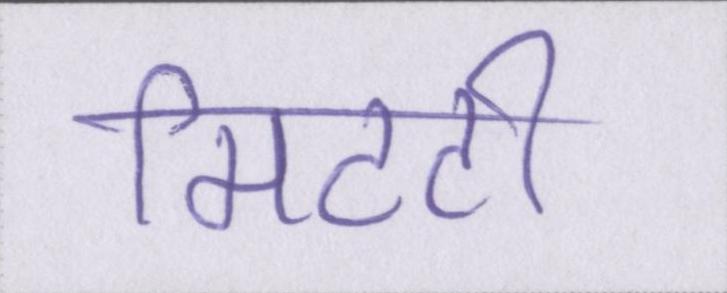
मिटटी